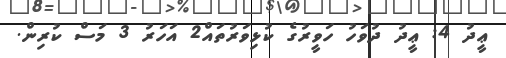
ޢީދު 4: ޢީދު ދުވަހު ހަވީރުގެ ކުޅިވަރުތައް2 އަހަރު 3 މަސް ކުރިން.